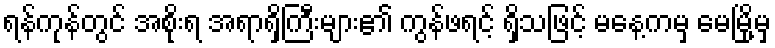
ရန်ကုန်တွင် အစိုးရ အရာရှိကြီးများ၏ ကွန်ဖရင့် ရှိသဖြင့် မနေ့ကမှ မေမြို့မှ